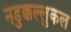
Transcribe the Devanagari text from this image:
नडुक्कल्लुकल